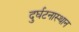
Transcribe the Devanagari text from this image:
दुर्घटनास्थान